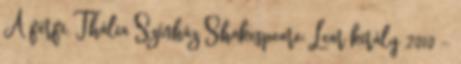
A férfi, Thália Színház Shakespeare: Lear király 2010 -